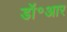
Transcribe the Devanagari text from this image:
डॉ॰आर